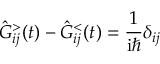
\hat { G } _ { i j } ^ { > } ( t ) - \hat { G } _ { i j } ^ { < } ( t ) = \frac { 1 } { \mathrm { i } \hbar } \delta _ { i j }